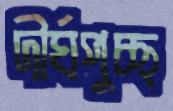
দীর্ঘপুচ্ছ